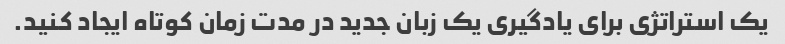
یک استراتژی برای یادگیری یک زبان جدید در مدت زمان کوتاه ایجاد کنید.